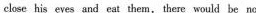
close his eyes and cat them,these would be no